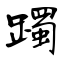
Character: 躅